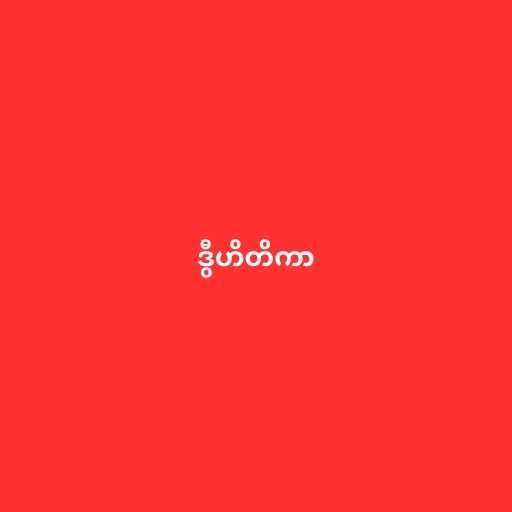
ဒွီဟိတိကာ